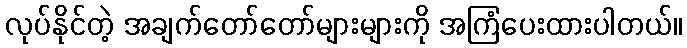
လုပ်နိုင်တဲ့ အချက်တော်တော်များများကို အကြံပေးထားပါတယ်။